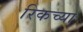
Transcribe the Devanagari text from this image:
रिकच्या